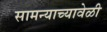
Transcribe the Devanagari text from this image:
सामन्याच्यावेळी